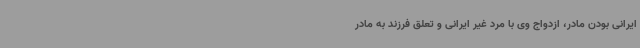
ایرانی بودن مادر، ازدواج وی با مرد غیر ایرانی و تعلق فرزند به مادر